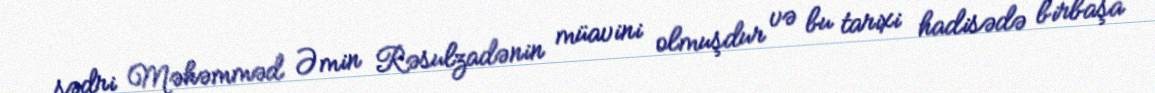
sədri Məhəmməd Əmin Rəsulzadənin müavini olmuşdur və bu tarixi hadisədə birbaşa